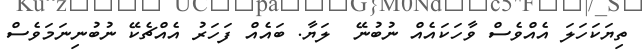
ތިޔަކަހަލަ އެއްވެސް ވާހަކައެއް ނުބުނޭ  ލަޔާ. ބައެއް ފަހަރު އެއްޗެކޭ ނުބުނިނަމަވެސް